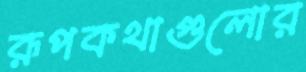
রূপকথাগুলোর